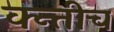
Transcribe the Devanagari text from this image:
क्न्तीच